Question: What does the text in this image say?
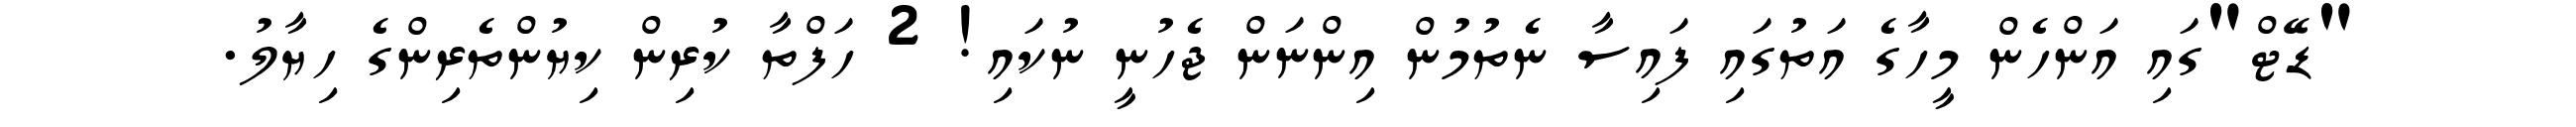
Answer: "ޑޭޓް"ގައި އަންހެން މީހާގެ އަތުގައި ފައިސާ ނެތުމުން އިންނަން ޖެހުނީ ނުކައި! 2 ހަފްތާ ކުރިން ކިޔުންތެރިންގެ ހިޔާލު.